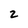
Character: 2